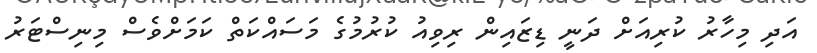
އަދި މިހާރު ކުރިއަށް ދަނީ ޑިޒައިން ރިވިއު ކުރުމުގެ މަސައްކަތް ކަމަށްވެސް މިނިސްޓަރު